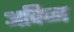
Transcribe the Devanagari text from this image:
अविघ्न